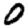
Digit: 0